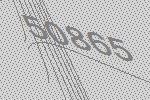
50865